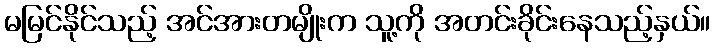
မမြင်နိုင်သည့် အင်အားတမျိုးက သူ့ကို အတင်းခိုင်းနေသည့်နှယ်။